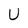
Character: U